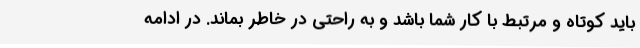
باید کوتاه و مرتبط با کار شما باشد و به راحتی در خاطر بماند. در ادامه